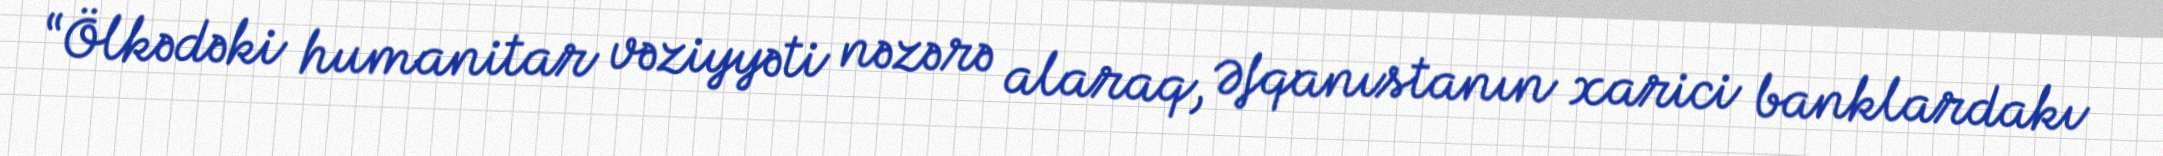
“Ölkədəki humanitar vəziyyəti nəzərə alaraq, Əfqanıstanın xarici banklardakı